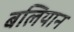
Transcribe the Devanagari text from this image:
बलियान